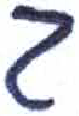
אות: ב